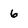
Character: 6